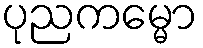
ပုညကမ္မော